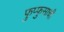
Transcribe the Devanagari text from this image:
फुप्फुसाची